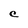
Character: C